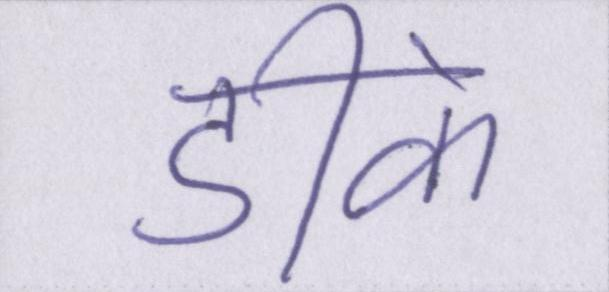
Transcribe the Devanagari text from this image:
डीके